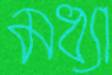
মধ্যা